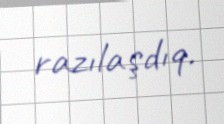
razılaşdıq.